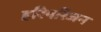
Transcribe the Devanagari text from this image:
हरिपरिजन